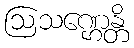
ဩသဏ္ဌေန္တိ